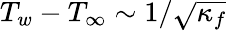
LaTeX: T_{w}-T_{\infty}\sim 1/\sqrt{\kappa_{f}}